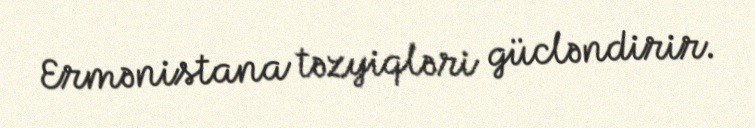
Ermənistana təzyiqləri gücləndirir.